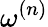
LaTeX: \omega^{(n)}